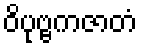
ဝိပုဗ္ဗကဇာတံ